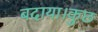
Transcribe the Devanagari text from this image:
बदाया।कुछ